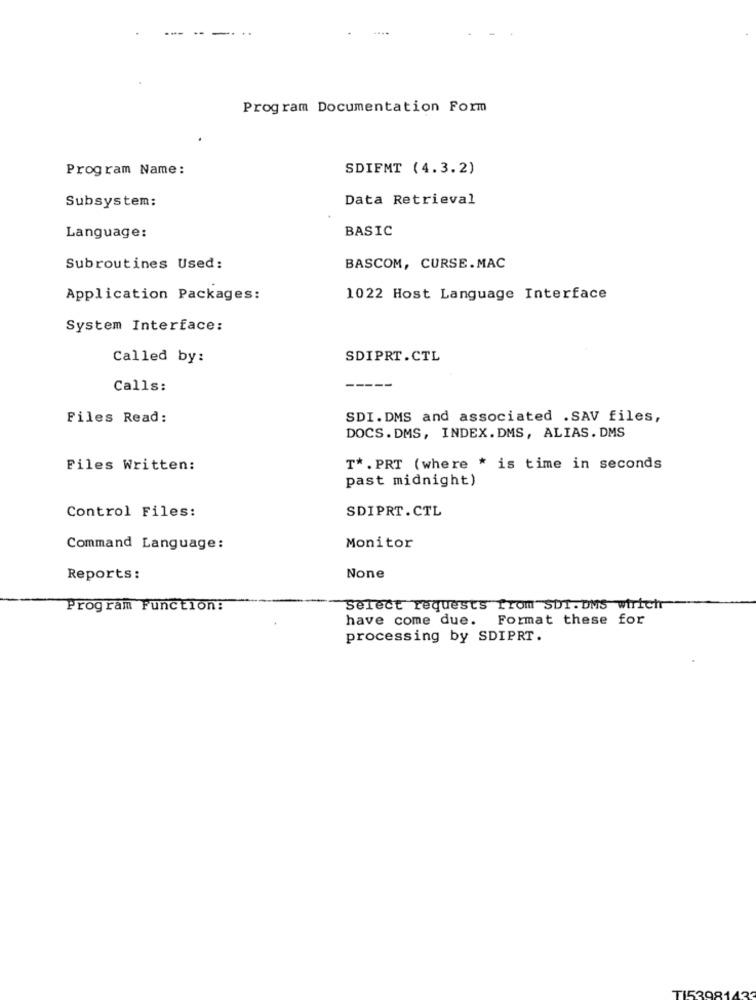
---
- -.
Program Documentation Form
Program Name:
SDIFMT (4.3.2)
Subsystem:
Data Retrieval
BASIC
Language:
Subroutines Used:
BASCOM, CURSE.MAC
Application Packages:
1022 Host Language Interface
System Interface:
Called by:
SDIPRT.CTL
Calls:
Files Read:
SDI.DMS and associated .SAV files,
DOCS.DMS, INDEX. DMS, ALIAS. DMS
Files Written:
T* . PRT (where * is time in seconds
past midnight)
Control Files:
SDIPRT.CTL
Command Language:
Monitor
Reports:
Program Function:
Select requests from SDI. DMS wirtetr
have come due. Format these for
processing by SDIPRT.
TI53981